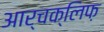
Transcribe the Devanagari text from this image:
आर्चक्लिफ़